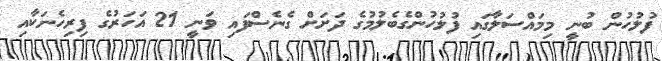
ފުލުހުން ބުނީ މިމައްސަލާގައި ފުލުހުންގެބެލުމުގެ ދަށަށް ގެނެސްފައި ވަނީ 21 އަހަރުގެ ފިރިހެނަކާއި